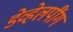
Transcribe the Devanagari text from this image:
डेव्हेलपींग